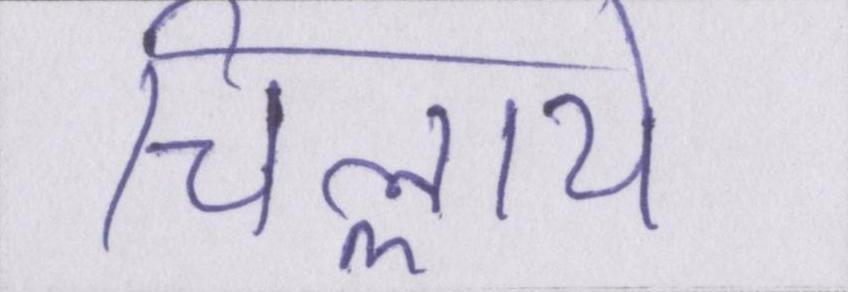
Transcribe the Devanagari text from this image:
चिल्लाये